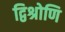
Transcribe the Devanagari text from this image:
द्विश्रोणि